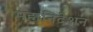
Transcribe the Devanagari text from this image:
महानिदेशन